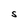
Character: S